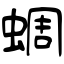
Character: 蜩